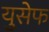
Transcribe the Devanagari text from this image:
युसेफ